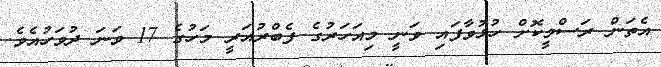
އެތަން ރަސްމީކޮށް ހުޅުވާފައި ވަނީ މިއަހަރުގެ ފެބްރުއަރީ މަހުގެ 17 ވަނަ ދުވަހުއެވެ.